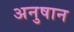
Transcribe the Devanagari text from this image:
अनुषान